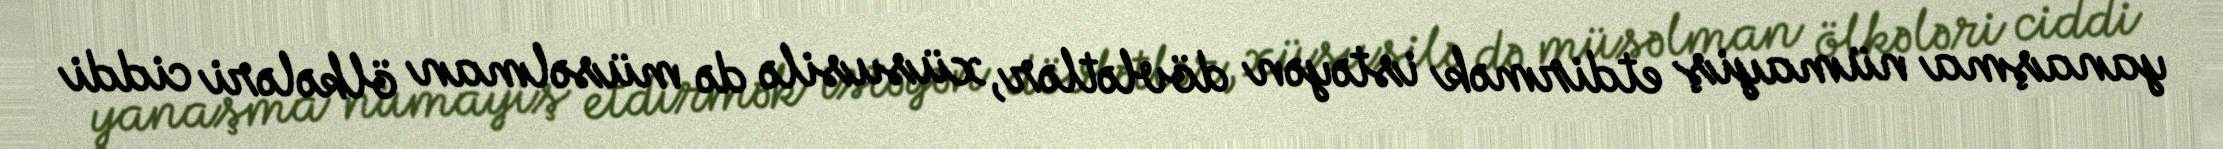
yanaşma nümayiş etdirmək istəyən dövlətlər, xüsusilə də müsəlman ölkələri ciddi